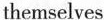
themselves